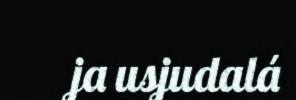
ja usjudalá